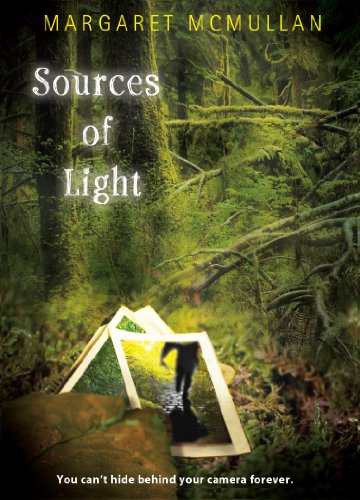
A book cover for Sources of Light; Margaret McMullan; Teen & Young Adult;